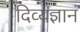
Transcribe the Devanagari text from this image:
दिव्यज्ञानं